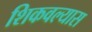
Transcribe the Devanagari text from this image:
शिकवल्यास